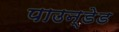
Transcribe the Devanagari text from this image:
पाउन्डेड